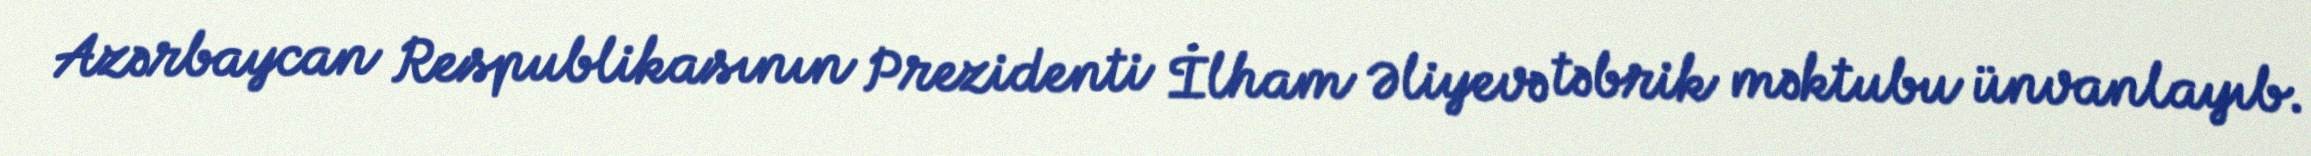
Azərbaycan Respublikasının Prezidenti İlham Əliyevə təbrik məktubu ünvanlayıb.